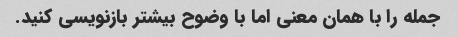
جمله را با همان معنی اما با وضوح بیشتر بازنویسی کنید.